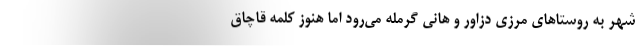
شهر به روستاهاي مرزي دزاور و هاني گرمله مي‌رود اما هنوز كلمه قاچاق